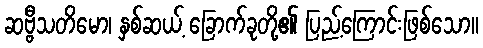
ဆဗ္ဗီသတိမော၊ နှစ်ဆယ့် ခြောက်ခုတို့၏ ပြည့်ကြောင်းဖြစ်သော။